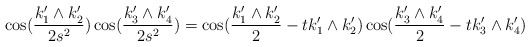
\begin{align*}\cos(\frac{k_1^{\prime}\wedge k_2^{\prime}}{2s^2})\cos(\frac{k_3^{\prime}\wedge k_4^{\prime}}{2s^2})=\cos(\frac{k_1^{\prime}\wedge k_2^{\prime}}{2}-tk_1^{\prime}\wedge k_2^{\prime})\cos(\frac{k_3^{\prime}\wedge k_4^{\prime}}{2}-tk_3^{\prime}\wedge k_4^{\prime})\end{align*}